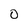
Character: O